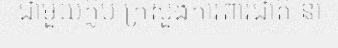
ជាមួយក្លិប ក្រសួងការពារជាតិ នា